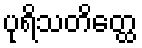
ပုရိသတိတ္ထေ